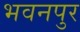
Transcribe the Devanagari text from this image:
भवनपुर